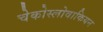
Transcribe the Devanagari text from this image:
चेकोस्लोवाकियन